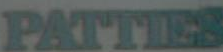
PATTIES